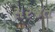
સરજત